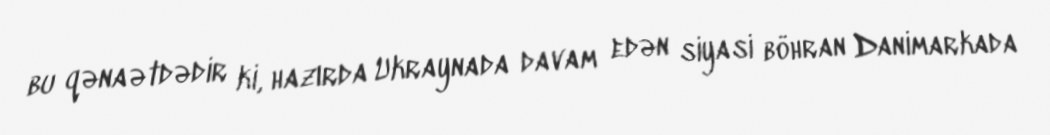
bu qənaətdədir ki, hazırda Ukraynada davam edən siyasi böhran Danimarkada